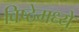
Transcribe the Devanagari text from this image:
विष्ठेमध्ये